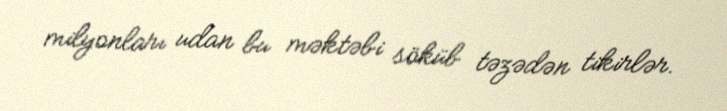
milyonları udan bu məktəbi söküb təzədən tikirlər.